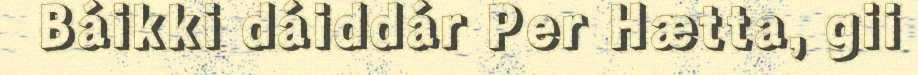
Báikki dáiddár Per Hætta, gii